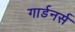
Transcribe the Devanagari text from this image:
गार्डनर्स